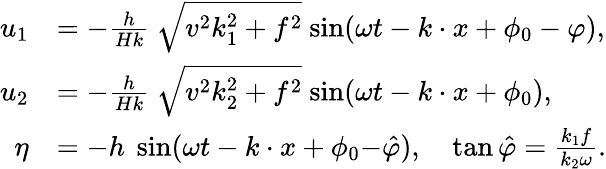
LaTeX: \begin{array}{rl}{u_{1}}&{={-}\frac{h}{Hk}\ {\sqrt{v^{2}k_{1}^{2}+f^{2}}}\ {\sin}(\omega t-k\cdot x+\phi_{0}-\varphi),}\\ {u_{2}}&{={-}\frac{h}{Hk}\ {\sqrt{v^{2}k_{2}^{2}+f^{2}}}\ {\sin}(\omega t-k\cdot x+\phi_{0}),}\\ {\eta}&{=-h\ \sin(\omega t-k\cdot x+\phi_{0}{-}\hat{\varphi}),\quad\tan\hat{\varphi}=\frac{k_{1}f}{k_{2}\omega}.}\end{array}